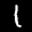
Label: 1